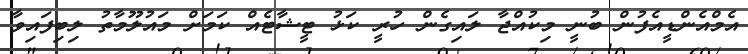
އެމްއެންޑީއެފުން ބުނީ މިކުއްޖާ ލައިގެން ހުރީ ކަޅު ޓީޝާޓެއް ކަމަށް މައުލޫމާތު ލިބިފައިވާ